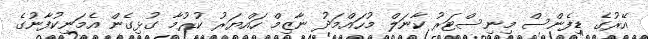
އޭރުގެ ޑިފެންސް މިނިސްޓަރު ކާނަލް މުހައްމަދު ނާޒިމް ހައްޔަރު ކުރުމާ ގުޅިގެން އެމަނިކުފާނުގެ